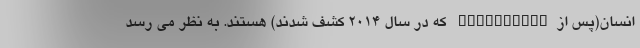
انسان(پس ازcrAssphage که در سال ۲۰۱۴ کشف شدند) هستند. به نظر می رسد